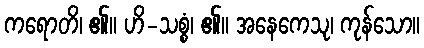
ကရောတိ၊ ၏။ ဟိ-သစ္စံ၊ ၏။ အနေကေသု၊ ကုန်သော။